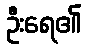
ဦးရေ၏